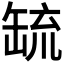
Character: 𦈷